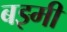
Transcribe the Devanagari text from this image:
बझ्मी